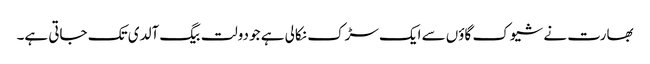
بھارت نے شیوک گاؤں سے ایک سڑک نکالی ہے جو دولت بیگ آلدی تک جاتی ہے۔